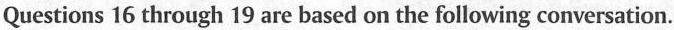
Questions 16 through 19 are based on the following conversation.